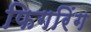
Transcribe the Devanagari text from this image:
फिगरिंग